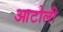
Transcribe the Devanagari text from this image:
आटोली